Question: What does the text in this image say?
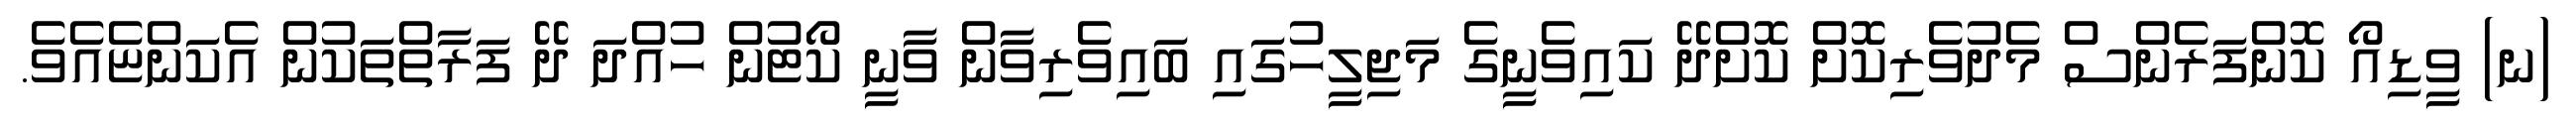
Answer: (ނ) ވީޑިއޯ ކޮންފަރެންސް މެދުވެރިކޮށް ކޮށްދޭ ކައިވެނީގެ މަޖިލީހުގައި ބައިވެރިވާން ވާނީ ކޯޓުން ހުއްދަ ދޭ ފަރާތްތަކުން އެކަންޏެއެވެ.